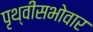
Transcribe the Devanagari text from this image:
पृथ्वीसभोवार